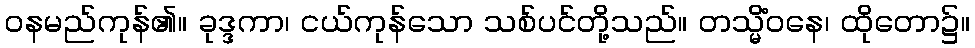
ဝနမည်ကုန်၏။ ခုဒ္ဒကာ၊ ငယ်ကုန်သော သစ်ပင်တို့သည်။ တသ္မိံဝနေ၊ ထိုတော၌။